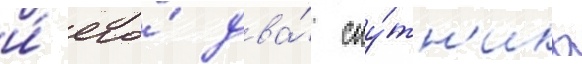
и́ его́ два́ спу́тн'ика